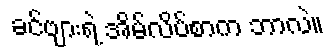
ခင်ဗျားရဲ့ အိမ်လိပ်စာက ဘာလဲ။